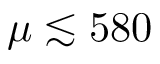
\mu \lesssim 5 8 0